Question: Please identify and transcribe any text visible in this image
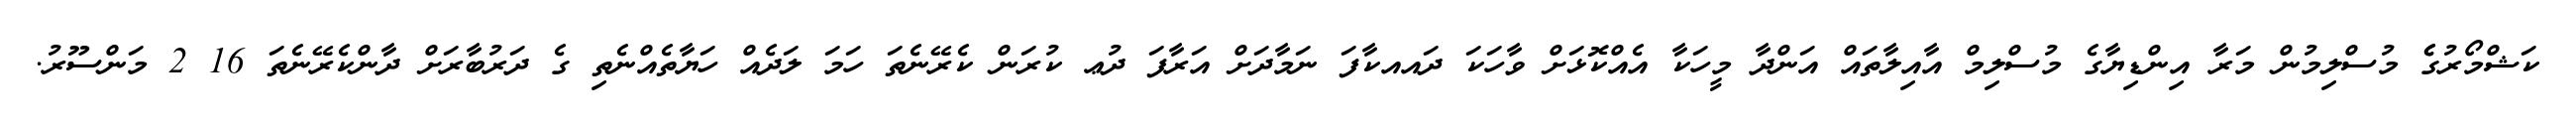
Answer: ކަޝްމޯރުގެެ މުސްލިމުން މަރާ އިންޑިޔާގެ މުސްލިމް އާއިލާތައް އަންދާ މީހަކާ އެއްކޮޅަށް ވާހަކަ ދައއކާފަ ނަމާދަށް އަރާފަ ދުޢ ކުރަން ކެރޭނެތަ ހަމަ ލަދެއް ހަޔާތެއްނެތި ގެ ދަރުބާރަށް ދާންކެރޭނެތަ 16 2 މަންސޫރު.